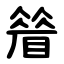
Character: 䁞